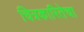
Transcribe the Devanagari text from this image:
चित्रकारितेचा